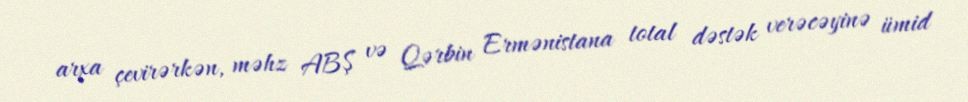
arxa çevirərkən, məhz ABŞ və Qərbin Ermənistana total dəstək verəcəyinə ümid